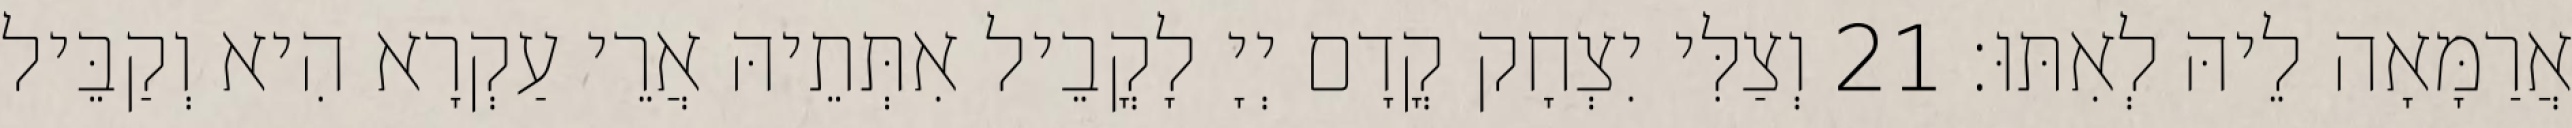
אֲרַמָּאָה לֵיהּ לְאִתּוּ׃ 21 וְצַלִּי יִצְחָק קֳדָם יְיָ לָקֳבֵיל אִתְּתֵיהּ אֲרֵי עַקְרָא הִיא וְקַבֵּיל